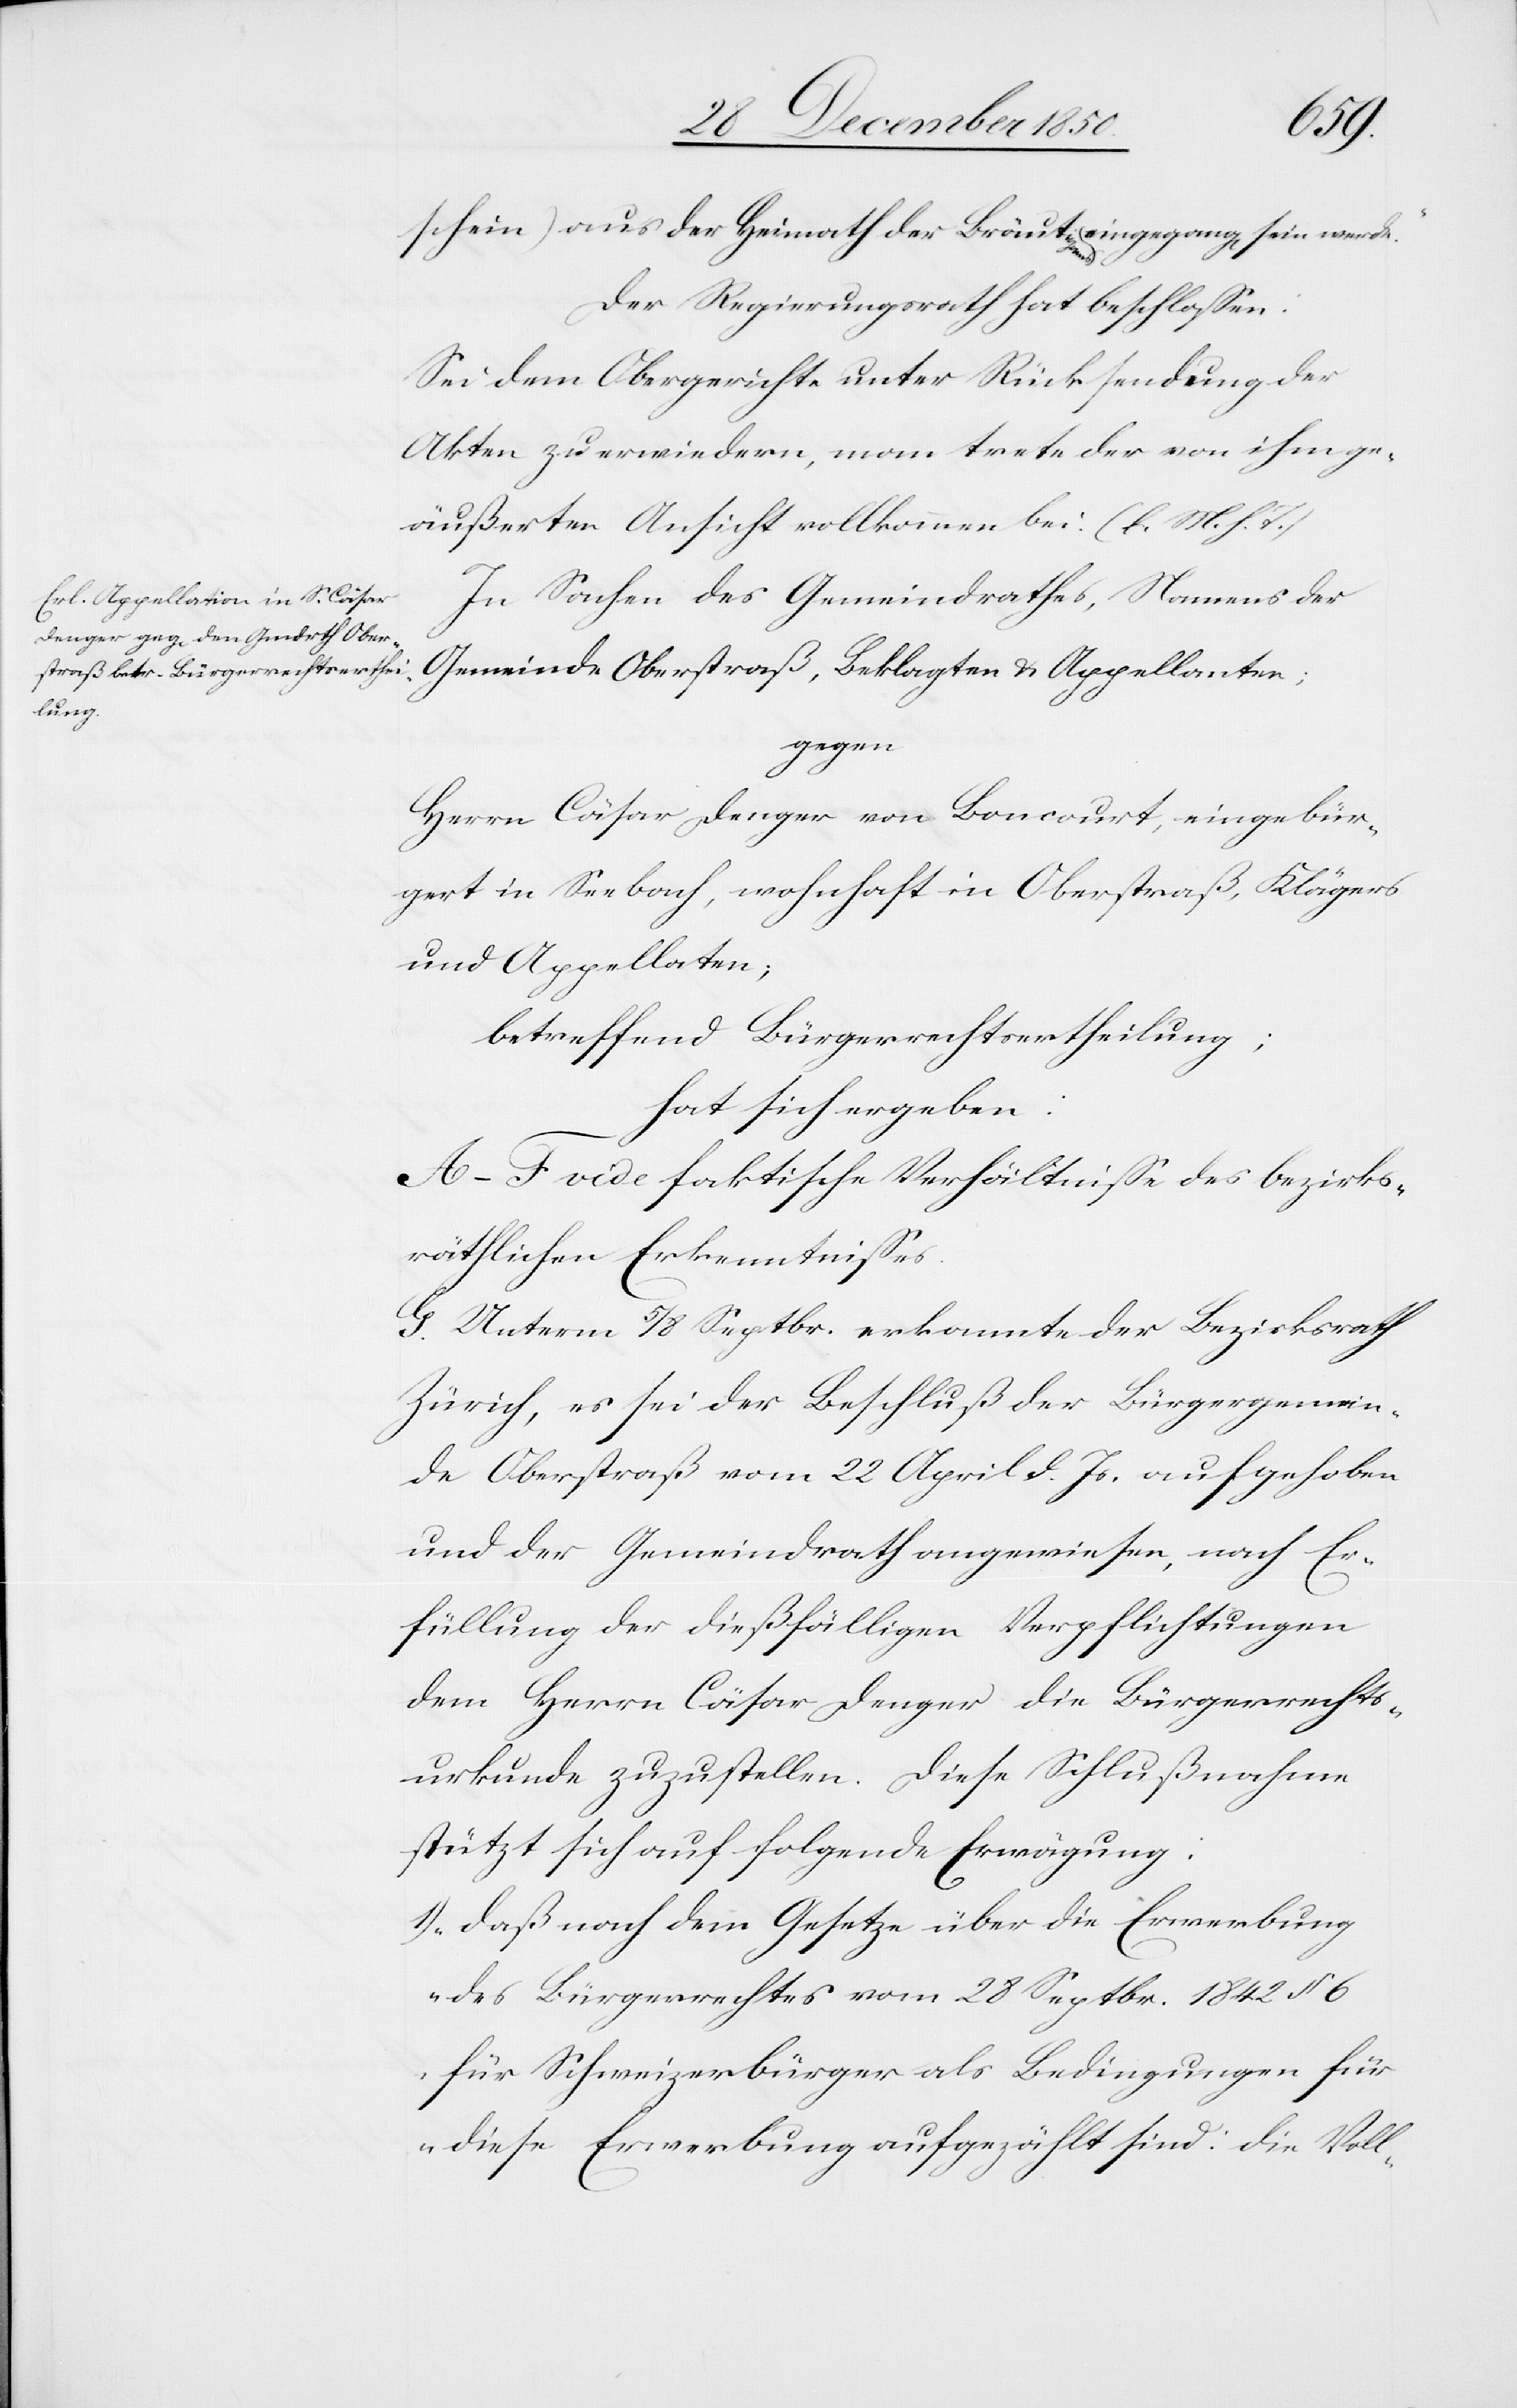
schein) aus der Heimath der [recte: des] Bräutigams eingegang[en]
Der Regierungsrath hat beschlossen:
Sei dem Obergerichte unter Rücksendung der
Akten zu erwiedern, man trete der von ihm ge¬
äußerten Ansicht vollkommen bei. (l. M. h. T.)
In Sachen des Gemeindrathes, Namens der
Gemeinde Oberstraß, Beklagten u. Appellanten;
gegen
Herrn Cäsar Denger von Boncourt, eingebür¬
gert in Seebach, wohnhaft in Oberstraß, Klägers
und Appellaten;
betreffend Bürgerrechtsertheilung;
hat sich ergeben:
A–F. vide faktische Verhältnisse des bezirks¬
räthlichen Erkenntisses.
G. Unterm 5/8 Septbr. erkannte der Bezirksrath
Zürich, es sei der Beschluß der Bürgergemein¬
de Oberstraß vom 22 April d. Js. aufgehoben
und der Gemeindrath angewiesen, nach Er¬
füllung der dießfälligen Verpflichtungen
dem Herrn Cäsar Denger die Bürgerrechts¬
urkunde zuzustellen. Diese Schlußnahme
stützt sich auf folgende Erwägung:
1) „daß nach dem Gesetze über die Erwerbung
des Bürgerrechtes vom 28 Septbr. 1842 § 6
für Schweizerbürger als Bedingungen für
diese Erwerbung aufgezählt sind: die Voll-